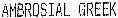
AMBROSIAL GREEK